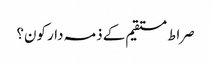
صراط مستقیم کے ذمہ دار کون؟